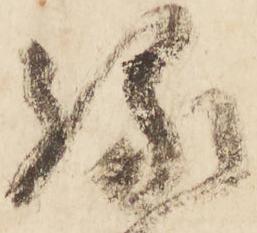
縁